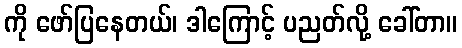
ကို ဖော်ပြနေတယ်၊ ဒါကြောင့် ပညတ်လို့ ခေါ်တာ။